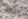
حزامك